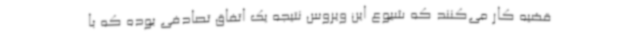
قضیه کار می‌کنند که شیوع این ویروس نتیجه یک اتفاق تصادفی بوده که با